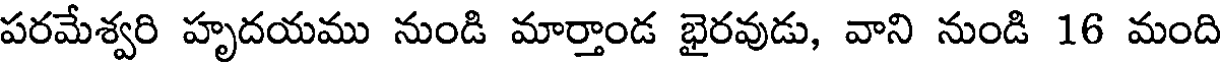
పరమేశ్వరి హృదయము నుండి మార్తాండ భైరవుడు, వాని నుండి 16 మంది